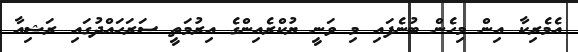
އެމެރިކާ އިން މިހެން ބުނެފައި މި ވަނީ ޔުކްރެއިންގެ އިރުމަތީ ސަރަހައްދުގައި ރަޝިއާ